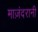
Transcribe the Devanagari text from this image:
माज़ंदरानी